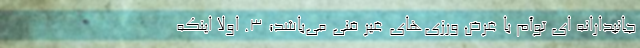
جانبدارانه ای توأم با غرض ورزی‌های غیر فنی می‌باشد؛ 3. اولاً اینکه